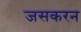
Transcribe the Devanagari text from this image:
जसकरन